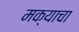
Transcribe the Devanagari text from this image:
मक्याचा